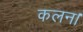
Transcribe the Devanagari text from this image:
कलन।